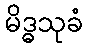
မိဒ္ဓသုခံ